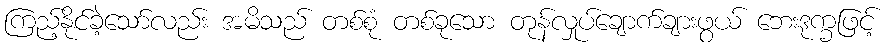
ကြည့်နိုင်ခဲ့သော်လည်း အမိသည် တစ်စုံ တစ်ခုသော တုန်လှုပ်ချောက်ချားဖွယ် ဘေးဒုက္ခဖြင့်